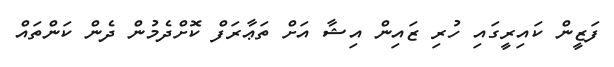
ފަޒީން ކައިރީގައި ހުރި ޒައިން އިޝާ އަށް ތަޢާރަފް ކޮށްދެމުން ދެން ކަންތައް